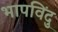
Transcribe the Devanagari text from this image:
भापविंदु